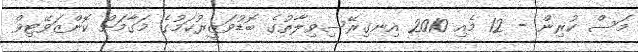
މަސް ކުރިން - 12 މެއި 2010 އިނގިރޭސިވިލާތުގެ ބޮޑުވަޒީރުކަމުގެ މަގާމަށް ކޮންޒަވޭޓިވް